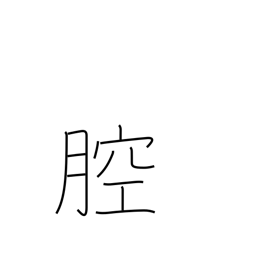
Meaning: body cavity